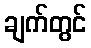
ချက်တွင်